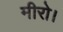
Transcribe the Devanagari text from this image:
मीरो।